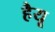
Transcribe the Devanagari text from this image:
हैयू